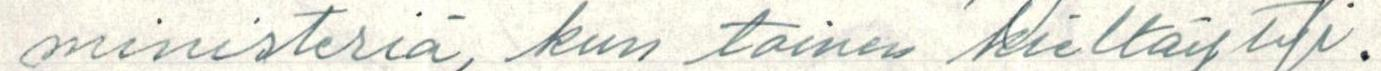
ministeriä, kun toinen kieltäytyi.